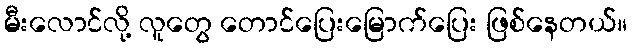
မီးလောင်လို့ လူတွေ တောင်ပြေးမြောက်ပြေး ဖြစ်နေတယ်။